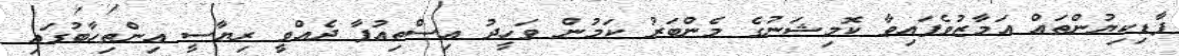
ފާޑިކިޔުންތައް އަމާޒުވެފައިވާ ކޮމިޝަނުގެ މެންބަރު ކަމުން ވަހީދު އިސްތިއުފާ ދެއްވީ ރިޔާސީ އިންތިހާބުގައި